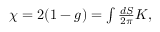
\begin{array} { r } { \chi = 2 ( 1 - g ) = \int \frac { d S } { 2 \pi } K , } \end{array}